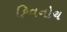
કિવનોચ